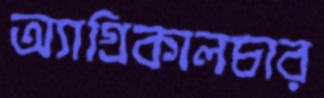
অ্যাগ্রিকালচার